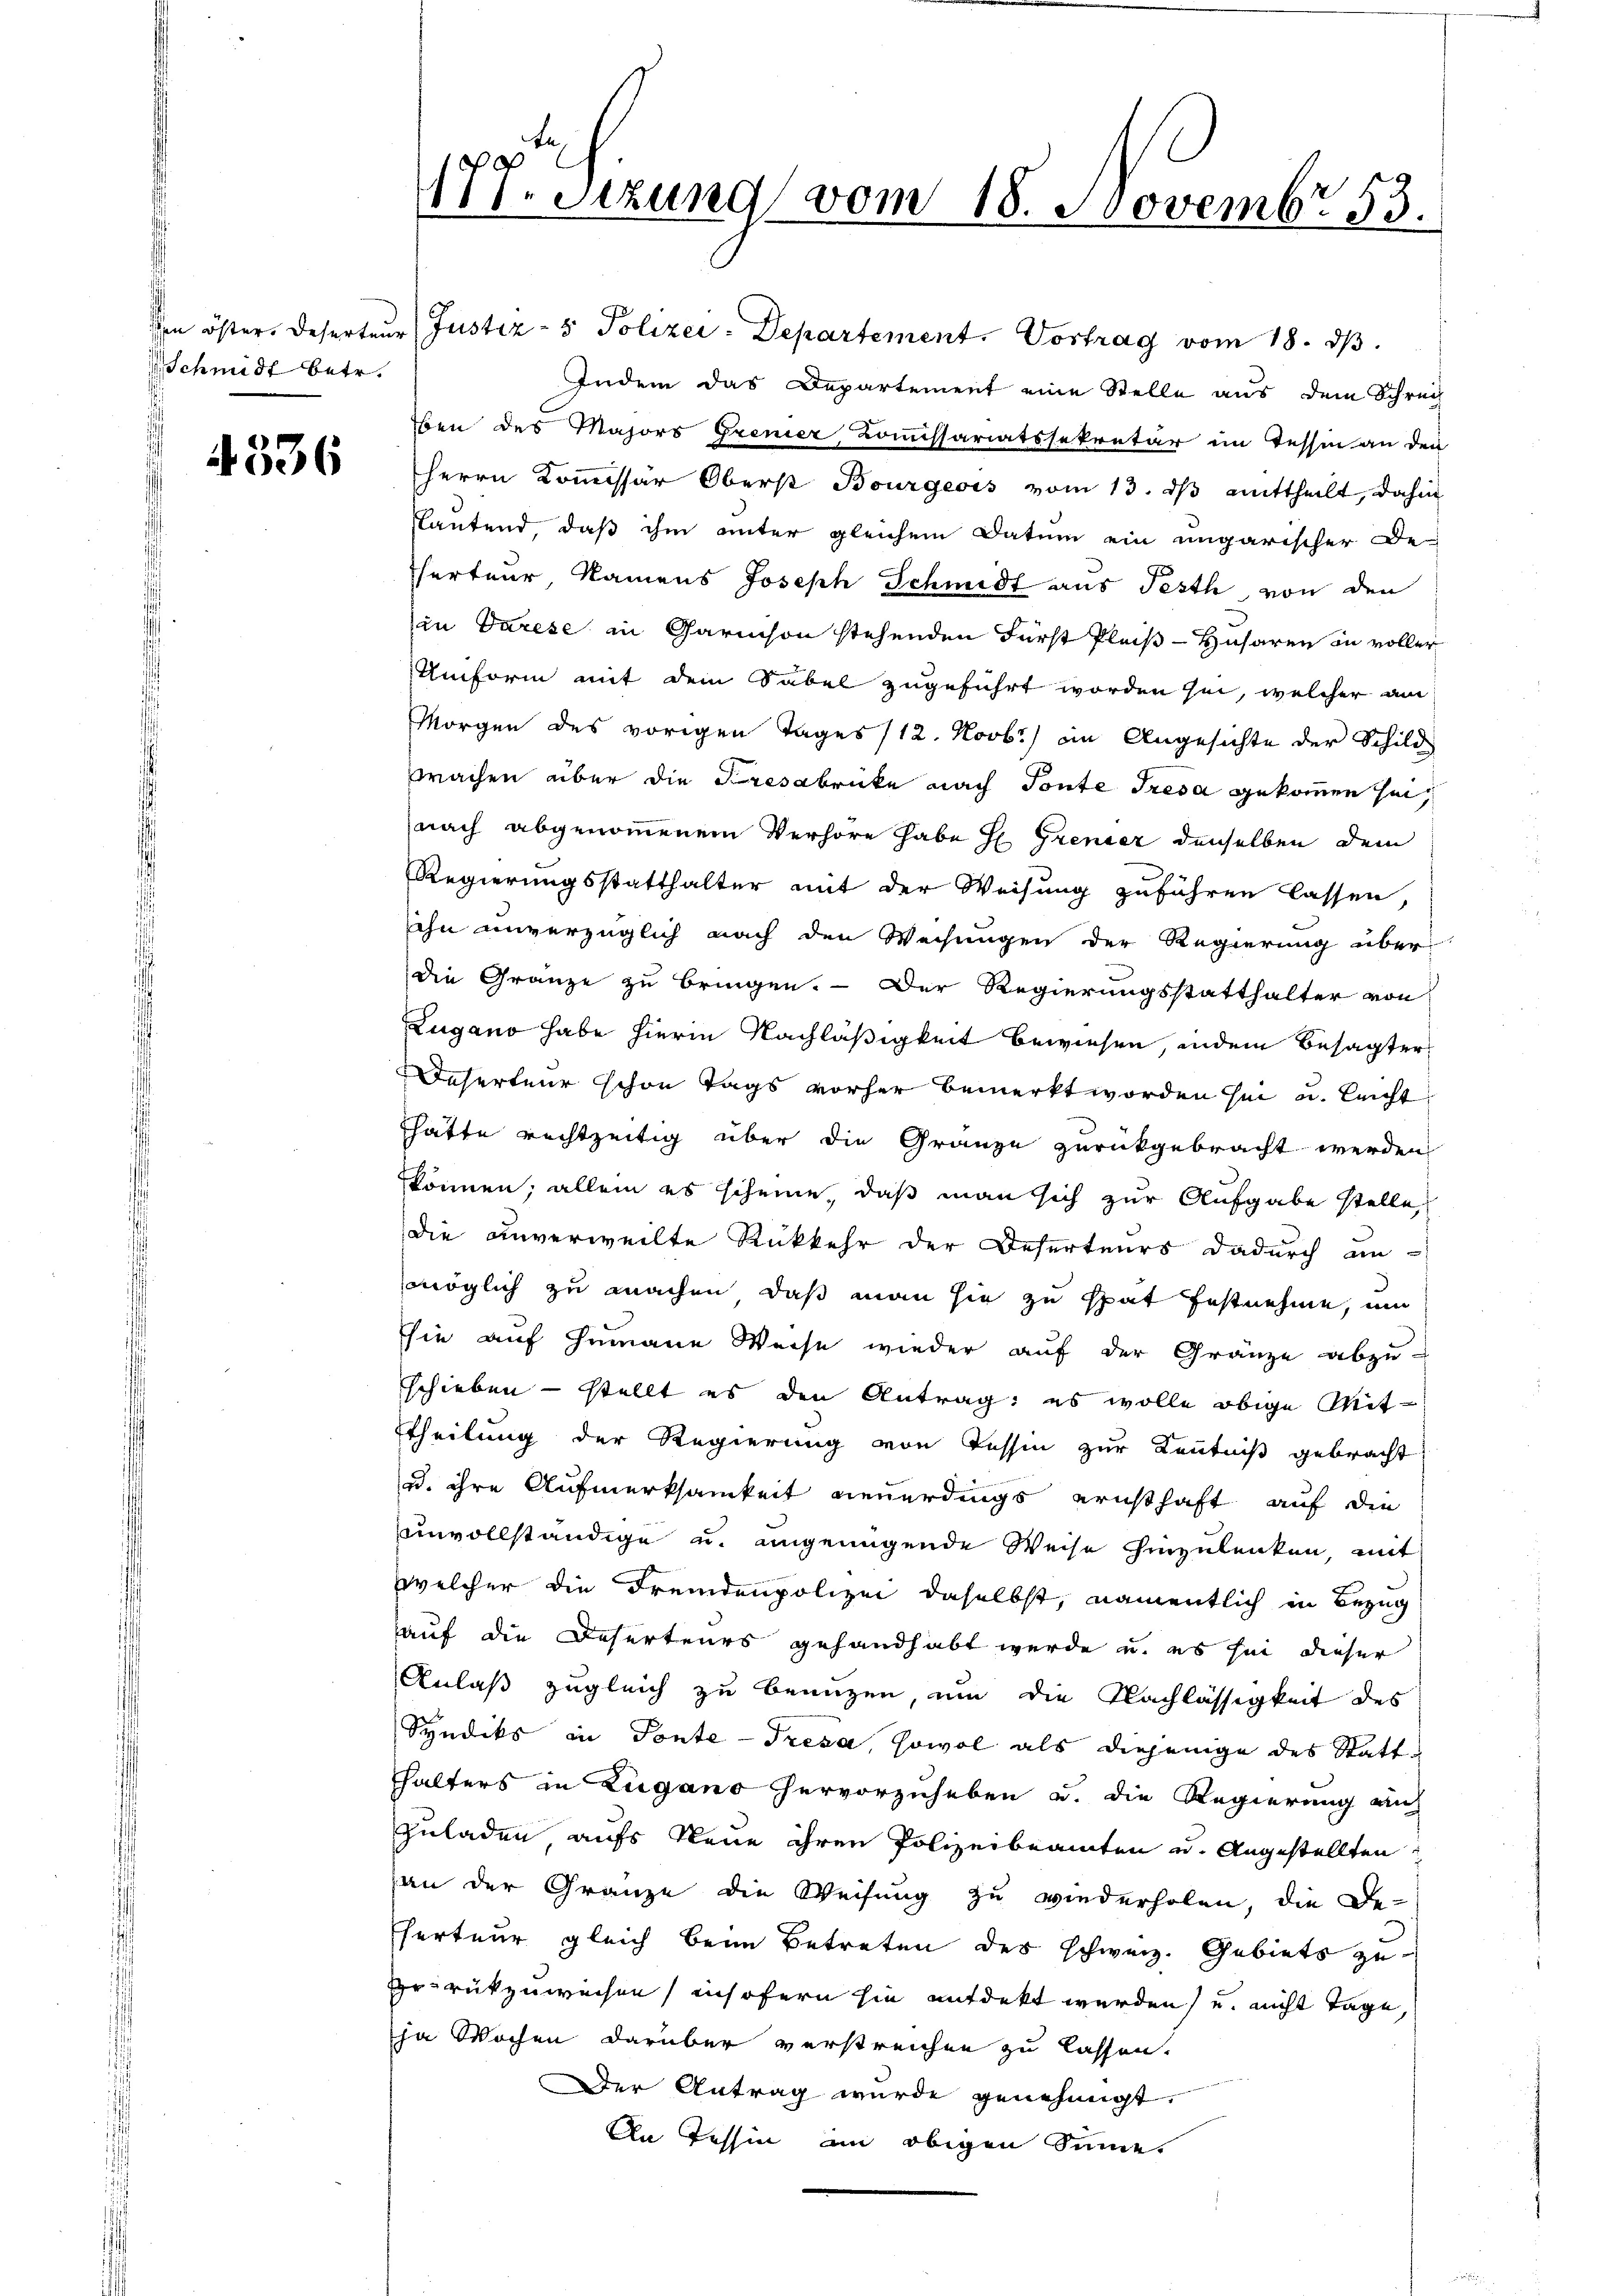
Schmidt betr.

4336

Ven öster. Deserteur Justiz- & Polizei-Departement. Vortrag vom 18. dβ.
Indem das Departement eine Stelle aus dem Schrech
ben des Majors Grener, Commissariatssekretär im Tessin an den
Herrn Kommissär Oberst Bourgeois vom 13. dβ mittheilt, dahin
slautend, daß ihm unter gleichem Datum ein ungarischer De-
herteur, Namens Joseph Schmidt aus Festh, von den
in Darese in Carmson stehenden Fürst Pleiß-Husaren in voller
Umform mit dem Säbel zugeführt worden sei, welcher am
Morgen des vorigen Tages /12. Novb.) in Angesichte der Schild
wachen über die Fresabrücke nach Toute Tresa gekommen sei,
nach abgenommenem Verhöre habe H. Grenzer denselben dem
Regierungsstatthalter mit der Weisung zuführen lassen,
sihn unverzüglich nach den Weisungen der Regierung über
die Gränze zu bringen. — Der Regierungsstatthalter von
Zugano habe hierin Nachläßigkeit bewiesen, indem Besagter
Deserteur schon Tags vorher bemerkt worden sei u. leicht
hätte rechtzeitig über die Gränze zurückgebracht werden
können; allein es scheine, daß man sich zur Aufgabe stelle,
die unverweilte Rückkehr der Deserteurs dadurch un-
möglich zu machen, daß man sie zu spat festnehme, um
sie auf Gemane Weise wieder auf der Gränze abzu-
schieben — stellt es den Antrag: es wolle obige Mit-
ttheilung der Regierung von Tessin zur Kenntniß gebracht
u. ihre Aufmerksamkeit neuerdings ernsthaft auf die
unvollständige u. angenügende Weise hinzulenken, mit
welcher die Fremdenpolizei daselbst, namentlich in Bezug
auf die Deserteurs gehandhabt wurde u. es sei dieser
Anlaß zugleich zu benuzen, um die Nachlässigkeit des
Syndiks in Ponte Tresa, sowol als diejenige des Stattthalters in Zugano hervorzuheben u. die Regierung auf
Zuladen aufs Neue ihren Polizeibeamten u. Angestellten
an der Gränze die Weisung zu wiederholen, die De-
fferteur gleich beim Betreten des schweiz. Gebiets zu
Errükzuweisen, insofern sie entdekt werden, und nicht Tage,
ja Wochen darüber verstreichen zu lassen.
Der Antrag wurde genehmigt.
An Tessin am obigen Sinne.

177. Sitzung vom 18. Novembr 53.